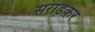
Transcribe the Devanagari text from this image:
सराडकर